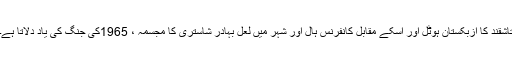
تاشقند کا ازبکستان ہوٹل اور اسکے مقابل کانفرنس ہال اور شہر میں لعل بہادر شاستری کا مجسمہ ، 1965کی جنگ کی یاد دِلاتا ہے۔